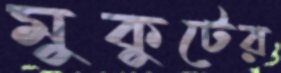
মুকুটের